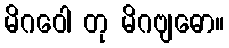
မိဂဝေါ တု မိဂဗျဓော။